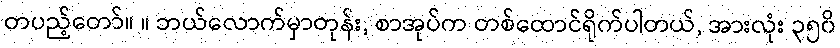
တပည့်တော်။ ။ ဘယ်လောက်မှာတုန်း, စာအုပ်က တစ်ထောင်ရိုက်ပါတယ်, အားလုံး ၃၅၀ိ